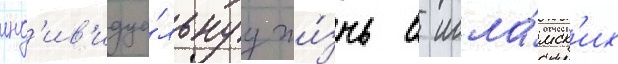
инд'ив'идуа́льнуу жи́знь в исла́мск'их